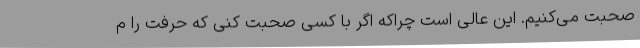
صحبت می‌کنیم. این عالی است چراکه اگر با کسی صحبت کنی که حرفت را م